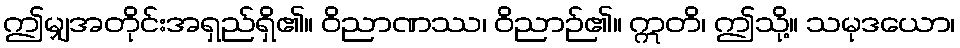
ဤမျှအတိုင်းအရှည်ရှိ၏။ ဝိညာဏဿ၊ ဝိညာဉ်၏။ ဣတိ၊ ဤသို့။ သမုဒယော၊